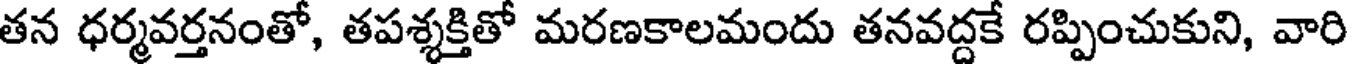
తన ధర్మవర్తనంతో, తపశ్శక్తితో మరణకాలమందు తనవద్దకే రప్పించుకుని, వారి